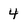
Character: 4